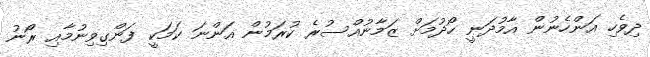
ދިވެހި އަންހެނުން އާމުދަނީ ހޯދުމަށް ޒަމާނުއްސުރެ ކުރަމުން އަންނަ ކަމަކީ ފަންގިވިނުމާއި ރޯނު